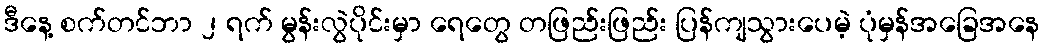
ဒီနေ့ စက်တင်ဘာ ၂ ရက် မွန်းလွဲပိုင်းမှာ ရေတွေ တဖြည်းဖြည်း ပြန်ကျသွားပေမဲ့ ပုံမှန်အခြေအနေ